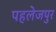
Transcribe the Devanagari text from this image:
पहलेजपुर